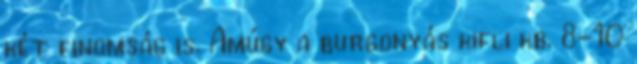
két finomság is. Amúgy a burgonyás kifli kb. 8-10